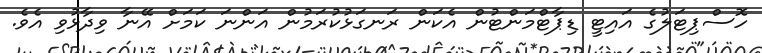
ހޮސްޕިޓަލުގެ އައިޓީ ޑިޕާޓްމަންޓުން އެކަން ރަނގަޅުކުރަމުން އަންނަ ކަމަށް އޭނާ ވިދާޅުވި އެވެ.